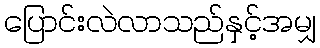
ပြောင်းလဲလာသည်နှင့်အမျှ